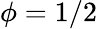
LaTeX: \phi=1/2